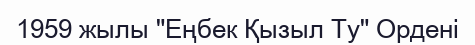
1959 жылы "Еңбек Қызыл Ту" Ордені